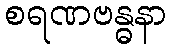
စရဏဗန္ဓနာ